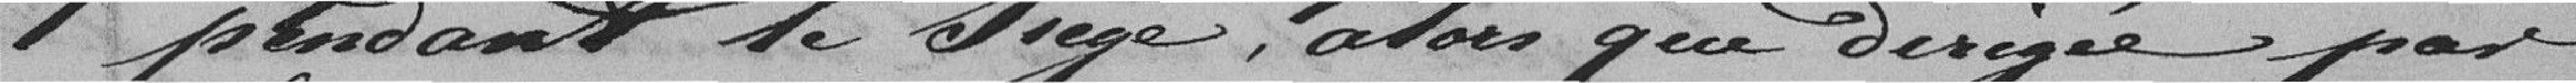
pendant le siège, alors que dirigé par